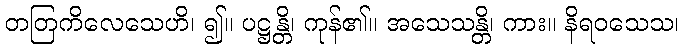
တတြကိလေသေဟိ၊ ၍။ ပဋ္ဌန္တိ၊ ကုန်၏။ အသေသန္တိ၊ ကား။ နိရဝသေသ၊